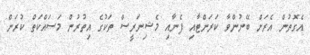
އެގޮތުން އެރަށް ބޭނުންވާ ކަރަންޓާއި ފެނާއި މެޝިނަރީސް ތަކުގެ އިތުރުން މަސައްކަތް ކުރަން